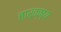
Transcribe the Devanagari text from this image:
तार्क्ष्य